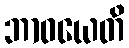
ဘာဝယေတိ